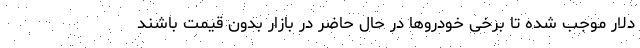
دلار موجب شده تا برخی خودروها در حال حاضر در بازار بدون قیمت باشند